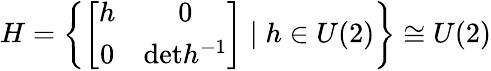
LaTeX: H=\left\{ \left[\begin{array}{cc}{{h}}&{{0}}\\ {{0}}&{{\mathrm{det}h^{-1}}}\end{array}\right]\mid{h}\in{U}(2)\right\} \cong U(2)